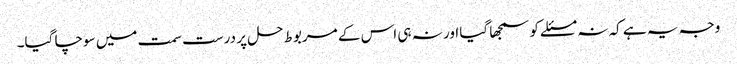
وجہ یہ ہے کہ نہ مسئلے کو سمجھا گیا اور نہ ہی اس کے مربوط حل پر درست سمت میں سوچا گیا۔